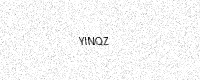
Text: YINQZ